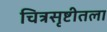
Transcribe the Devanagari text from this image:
चित्रसृष्टीतला